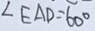
\angle E A D = 6 0 ^ { \circ }